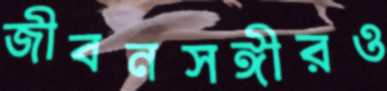
জীবনসঙ্গীরও